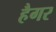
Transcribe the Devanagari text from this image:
हैगर